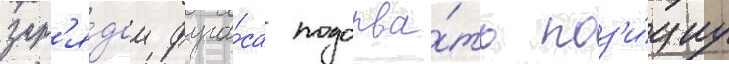
зар'я́дом фуга́са подорва́ть поз'и́циу